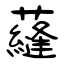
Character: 蘕